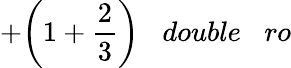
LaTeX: +{\bigg(}1+{\frac{2}{3}}{\bigg)}\; \; \; double\; \; \; ro